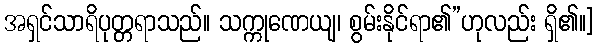
အရှင်သာရိပုတ္တရာသည်။ သက္ကုဏေယျ၊ စွမ်းနိုင်ရာ၏”ဟုလည်း ရှိ၏။]